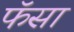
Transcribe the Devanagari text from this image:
फॅसा